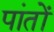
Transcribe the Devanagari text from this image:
पांतों